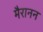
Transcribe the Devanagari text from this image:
मैरानन